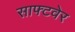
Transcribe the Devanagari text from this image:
साफ्टवेर